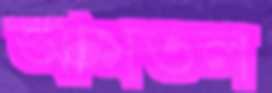
আমতল